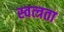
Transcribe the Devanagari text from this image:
स्वत्त्रता